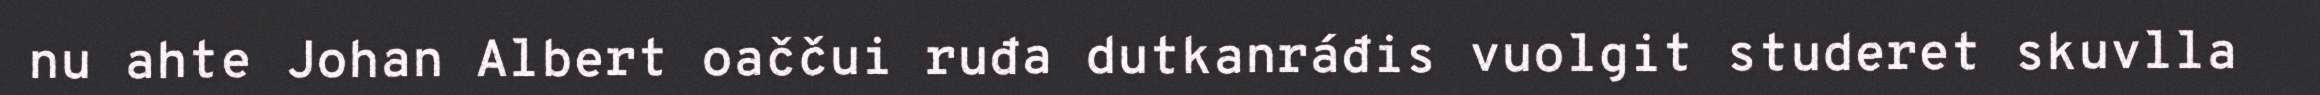
nu ahte Johan Albert oaččui ruđa dutkanráđis vuolgit studeret skuvlla